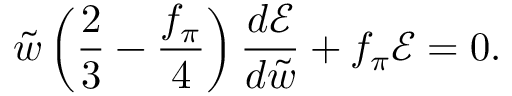
\tilde { w } \left( \frac { 2 } { 3 } - \frac { f _ { \pi } } { 4 } \right) \frac { d \mathcal { E } } { d \tilde { w } } + f _ { \pi } \mathcal { E } = 0 .